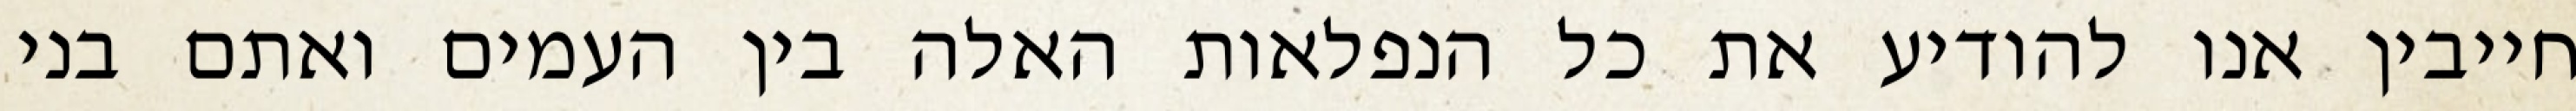
חייבין אנו להודיע את כל הנפלאות האלה בין העמים ואתם בני